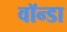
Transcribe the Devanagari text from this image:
वॉन्डा